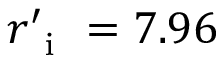
r _ { \mathrm { ~ i ~ } } ^ { \prime } = 7 . 9 6